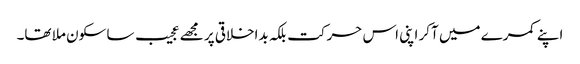
اپنے کمرے میں آکر اپنی اس حرکت بلکہ بداخلاقی پر مجھے عجیب سا سکون ملا تھا۔